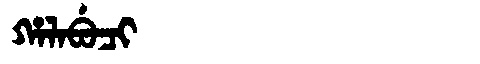
Manchu: ᡥᠠᠯᠠᠪᡠᠴᡳ
Romanization: HALABUCI